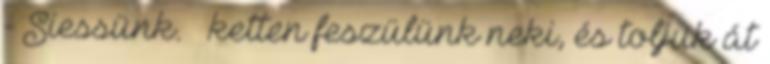
- Siessünk. – ketten feszülünk neki, és toljuk át